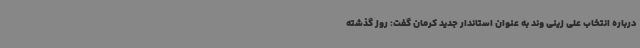
درباره انتخاب علی زینی وند به عنوان استاندار جدید کرمان گفت: روز گذشته